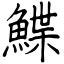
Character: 鰈